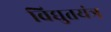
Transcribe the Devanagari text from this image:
विद्युतयंत्र